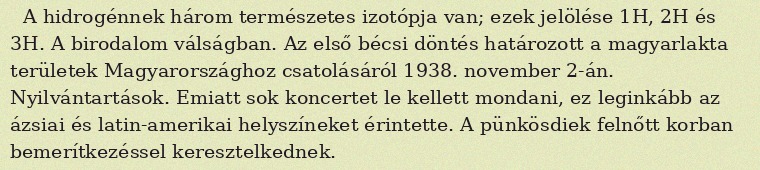
A hidrogénnek három természetes izotópja van; ezek jelölése 1H, 2H és 3H. A birodalom válságban. Az első bécsi döntés határozott a magyarlakta területek Magyarországhoz csatolásáról 1938. november 2-án. Nyilvántartások. Emiatt sok koncertet le kellett mondani, ez leginkább az ázsiai és latin-amerikai helyszíneket érintette. A pünkösdiek felnőtt korban bemerítkezéssel keresztelkednek.